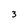
Character: 3